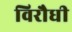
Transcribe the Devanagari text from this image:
विरौधी